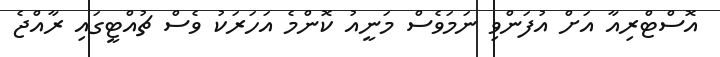
އޮސްޓްރިއާ އަށް އުފަންވި ނަމަވެސް މަނީއު ކޮންމެ އަހަރަކު ވެސް ޗުއްޓީގައި ރާއްޖެ